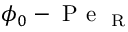
\phi _ { 0 } - \mathrm { ~ P ~ e ~ } _ { \mathrm { ~ R ~ } }